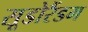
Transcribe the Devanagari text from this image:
सूडोरैंडम